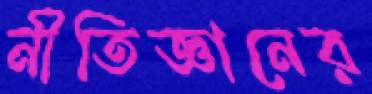
নীতিজ্ঞানের